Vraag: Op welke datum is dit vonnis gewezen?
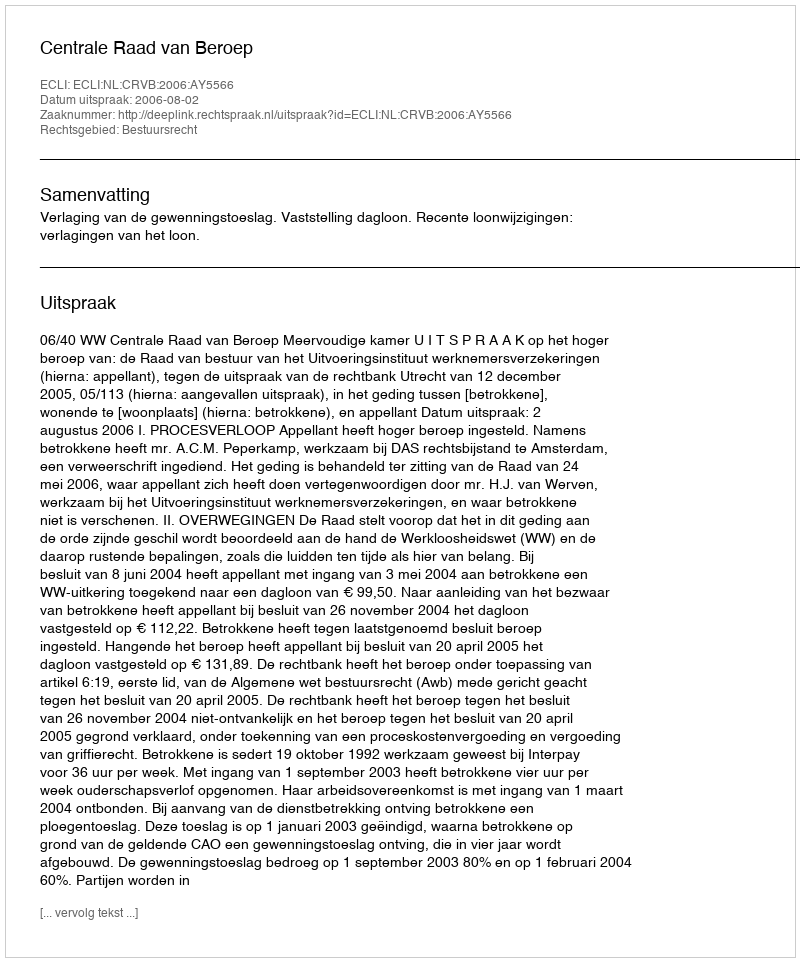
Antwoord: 2006-08-02